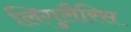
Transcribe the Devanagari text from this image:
लिगुलैरिस